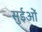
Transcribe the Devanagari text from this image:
सुईओं